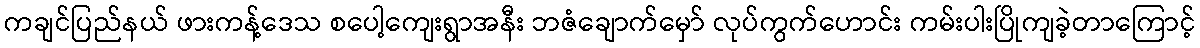
ကချင်ပြည်နယ် ဖားကန့်ဒေသ စပေါ့ကျေးရွာအနီး ဘဇံချောက်မှော် လုပ်ကွက်ဟောင်း ကမ်းပါးပြိုကျခဲ့တာကြောင့်